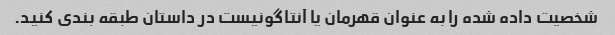
شخصیت داده شده را به عنوان قهرمان یا آنتاگونیست در داستان طبقه بندی کنید.